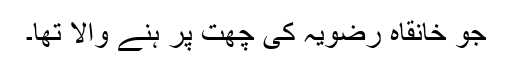
جو خانقاہ رضویہ کی چھت پر ہنے والا تھا۔